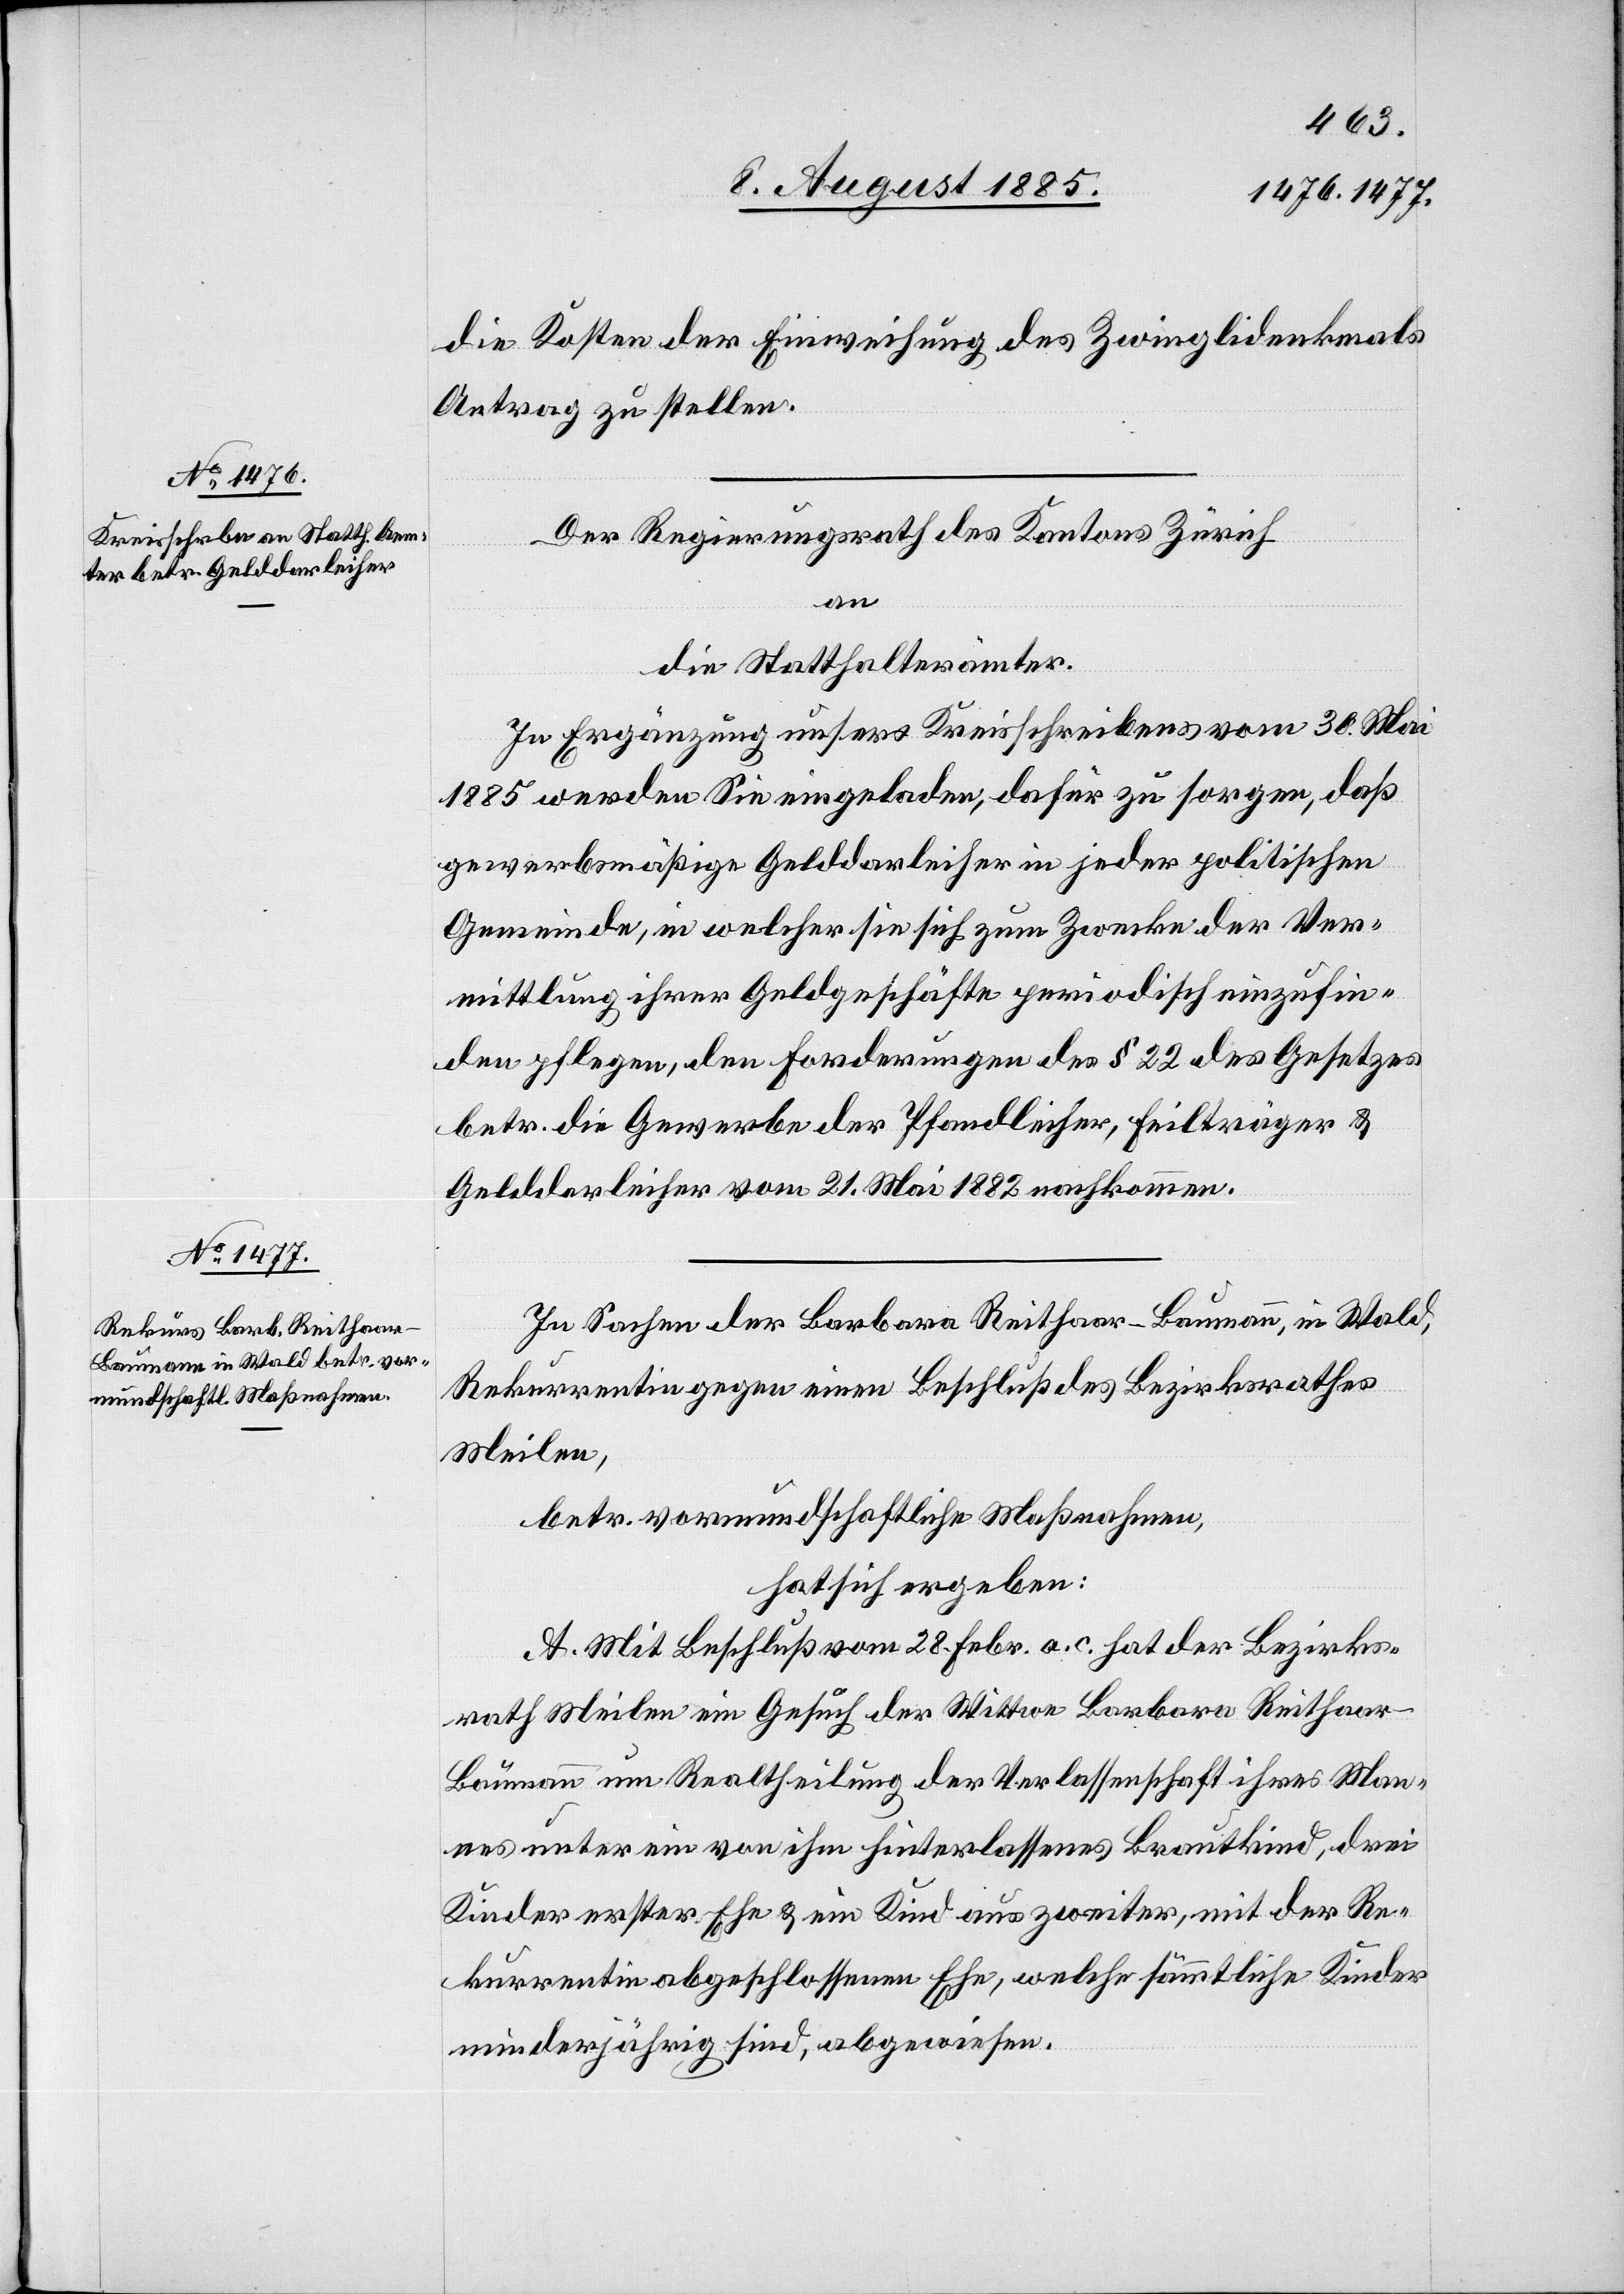
die Kosten der Einweihung des Zwinglidenkmals
Antrag zu stellen.
Der Regierungsrath des Kantons Zürich
an
die Statthalterämter.
In Ergänzung unsers Kreisschreibens vom 30. Mai
1885 werden Sie eingeladen, dafür zu sorgen, daß
gewerbsmäßige Gelddarleiher in jeder politischen
Gemeinde, in welcher sie sich zum Zwecke der Ver¬
mittlung ihrer Geldgeschäfte periodisch einzufin¬
den pflegen, den Forderungen des § 22 des Gesetzes
betr. die Gewerbe der Pfandleiher, Feilträger &
Gelddarleiher vom 21. Mai 1882 nachkommen.
In Sachen der Barbara Reithaar-Baumann, in Wald,
Rekurrentin gegen einen Beschluß des Bezirksrathes
Meilen,
betr. vormundschaftliche Maßnahmen,
hat sich ergeben:
A. Mit Beschluß vom 28. Febr. a. c. hat der Bezirks¬
rath Meilen ein Gesuch der Wittwe Barbara Reithaar-B¬
aumann um Realtheilung der Verlassenschaft ihres Man¬
nes unter ein von ihm hinterlassenes Brautkind, drei
Kinder erster Ehe & ein Kind aus zweiter, mit der Re¬
kurrentin abgeschlossene Ehe, welche sämmtliche Kinder
minderjährig sind, abgewiesen.